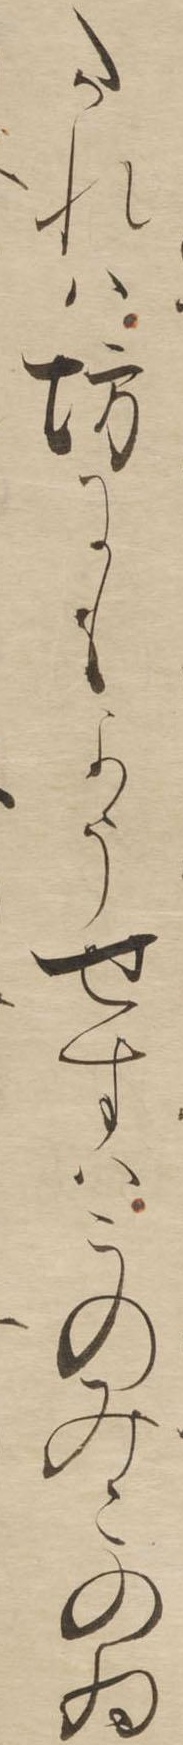
たれは坊にもようせすはこのみこのゐ